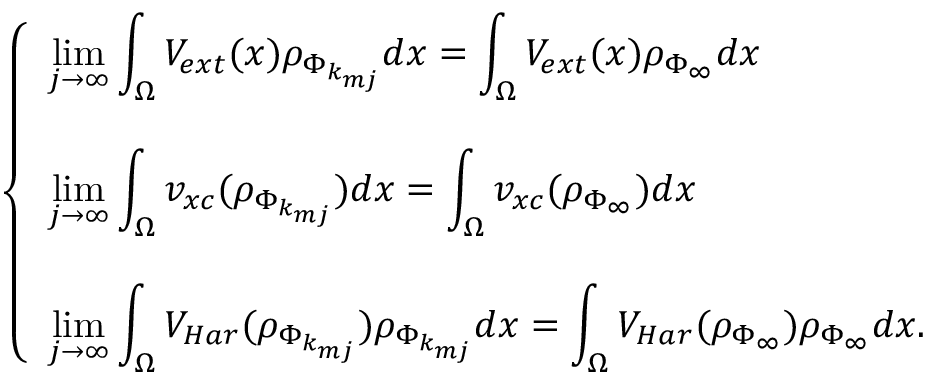
\left\{ \begin{array} { l } { \displaystyle \operatorname* { l i m } _ { j \rightarrow \infty } \int _ { \Omega } V _ { e x t } ( x ) \rho _ { \Phi _ { k _ { m j } } } d x = \int _ { \Omega } V _ { e x t } ( x ) \rho _ { \Phi _ { \infty } } d x } \\ { \displaystyle } \\ { \displaystyle \operatorname* { l i m } _ { j \rightarrow \infty } \int _ { \Omega } v _ { x c } ( \rho _ { \Phi _ { k _ { m j } } } ) d x = \int _ { \Omega } v _ { x c } ( \rho _ { \Phi _ { \infty } } ) d x } \\ { \displaystyle } \\ { \displaystyle \operatorname* { l i m } _ { j \rightarrow \infty } \int _ { \Omega } V _ { H a r } ( \rho _ { \Phi _ { k _ { m j } } } ) \rho _ { \Phi _ { k _ { m j } } } d x = \int _ { \Omega } V _ { H a r } ( \rho _ { \Phi _ { \infty } } ) \rho _ { \Phi _ { \infty } } d x . } \end{array} \right.